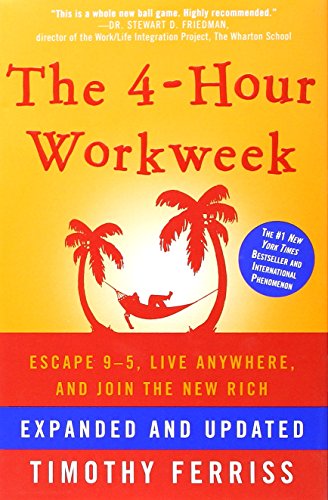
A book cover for The 4-Hour Workweek: Escape 9-5, Live Anywhere, and Join the New Rich (Expanded and Updated); Timothy Ferriss; Self-Help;